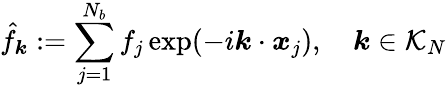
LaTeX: \hat{f}_{\boldsymbol k}:=\sum_{j=1}^{N_{b}}f_{j}\exp(-i\boldsymbol k\cdot\boldsymbol x_{j}),\quad\boldsymbol k\in\mathcal{K}_{N}